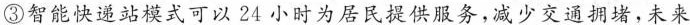
③智能快递站模式可以24小时为居民提供服务，减少交通拥堵，未来